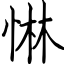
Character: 惏